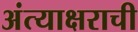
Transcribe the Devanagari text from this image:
अंत्याक्षराची